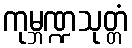
ကုမ္ဘဏ္ဍသုတ္တံ